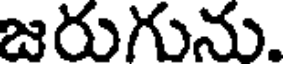
జరుగును.